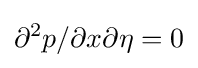
\partial ^{2}p/\partial x\partial \eta =0